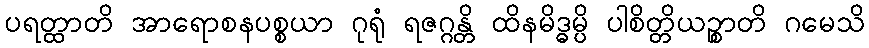
ပရတ္ထာတိ အာရောစနပစ္စယာ ဂုရုံ ရဇဂ္ဂန္တိ ထိနမိဒ္ဓမ္ပိ ပါစိတ္တိယဉ္စာတိ ဂမေသိ